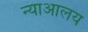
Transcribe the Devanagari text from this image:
न्याआलय